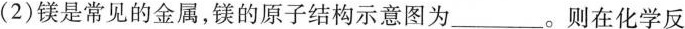
(2)镁是常见的金属，镁的原子结构示意图为___。则在化学反